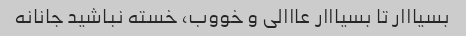
بسیااار تا بسیااار عااالی و خووب، خسته نباشید جانانه